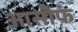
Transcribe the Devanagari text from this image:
आसीफ